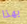
بهذا